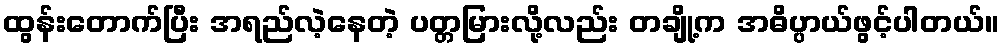
ထွန်းတောက်ပြီး အရည်လဲ့နေတဲ့ ပတ္တမြားလို့လည်း တချို့က အဓိပ္ပာယ်ဖွင့်ပါတယ်။